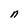
Character: n